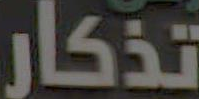
تذكار